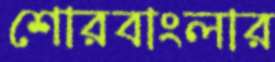
শোরবাংলার